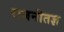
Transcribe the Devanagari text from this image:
राजनीतज्ञ